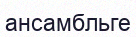
ансамбльге